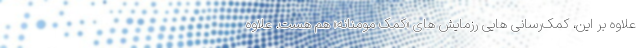
علاوه بر این، کمک‌رسانی هایی رزمایش های «کمک مومنانه» هم هست. علاوه